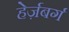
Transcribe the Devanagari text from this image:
हेर्ज़बर्ग